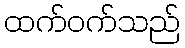
ထက်ဝက်သည်